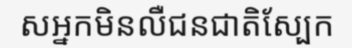
សអ្នកមិនលឺជនជាតិស្បែក